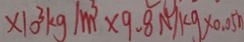
\times 1 0 ^ { 3 } k g / m ^ { 3 } \times 9 . 8 N / k g \times 0 . 0 5 h